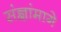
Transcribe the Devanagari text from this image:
संज्ञांमागे